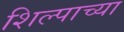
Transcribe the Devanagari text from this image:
शिल्पाच्या